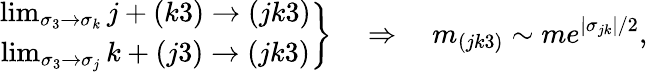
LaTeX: \left.\begin{array}{c}{{\operatorname*{lim}_{\sigma_{3}\rightarrow\sigma_{k}}j+(k3)\rightarrow(jk3)}}\\ {{\operatorname*{lim}_{\sigma_{3}\rightarrow\sigma_{j}}k+(j3)\rightarrow(jk3)}}\end{array}\right\} \quad\Rightarrow\quad m_{(jk3)}\sim me^{\left|\sigma_{jk}\right|/2},